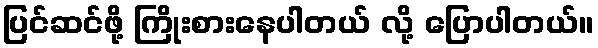
ပြင်ဆင်ဖို့ ကြိုးစားနေပါတယ် လို့ ပြောပါတယ်။